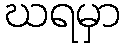
ဃရမှာ